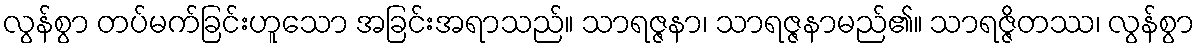
လွန်စွာ တပ်မက်ခြင်းဟူသော အခြင်းအရာသည်။ သာရဇ္ဇနာ၊ သာရဇ္ဇနာမည်၏။ သာရဇ္ဇိတဿ၊ လွန်စွာ